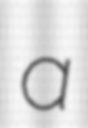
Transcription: a